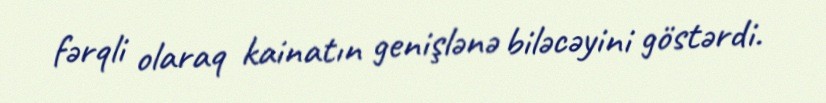
fərqli olaraq kainatın genişlənə biləcəyini göstərdi.